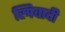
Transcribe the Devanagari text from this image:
स्त्रिवादी